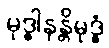
မုဒ္ဓါနန္တိမုဒ္ဓံ